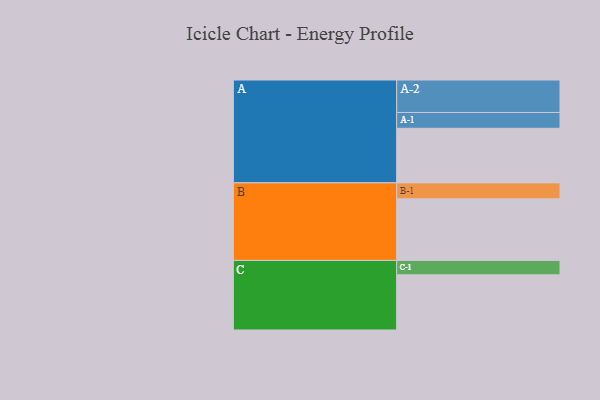
{"axis": {"x": "Segment", "y": "Value"}, "legend": ["", "A", "B", "C"], "data": [{"x": "A", "y": 469, "type": ""}, {"x": "B", "y": 529, "type": ""}, {"x": "C", "y": 474, "type": ""}, {"x": "A-1", "y": 136, "type": "A"}, {"x": "A-2", "y": 279, "type": "A"}, {"x": "B-1", "y": 137, "type": "B"}, {"x": "C-1", "y": 124, "type": "C"}]}